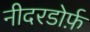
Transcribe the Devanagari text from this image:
नीदरडोर्फ़